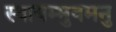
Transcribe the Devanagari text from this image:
स्वायम्भुवमनु